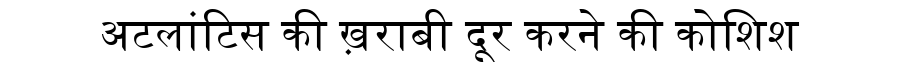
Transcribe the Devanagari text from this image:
अटलांटिस की ख़राबी दूर करने की कोशिश